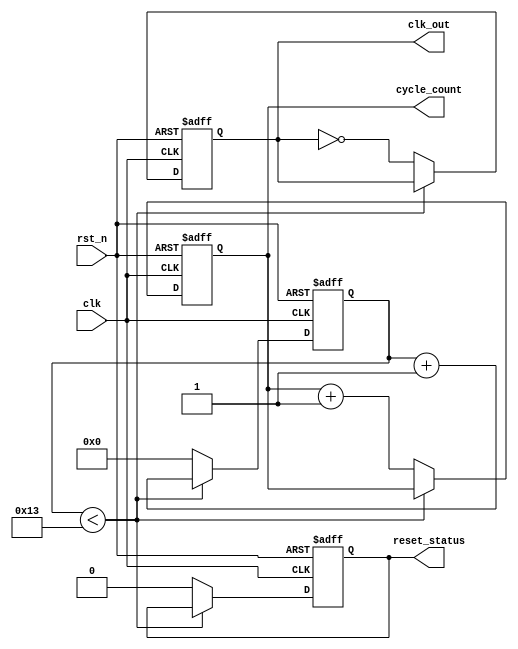
module ClockCycleInitialization #(
    parameter CLOCK_FREQ = 50_000_000, // Clock frequency in Hz
    parameter DUTY_CYCLE = 50,          // Duty cycle in percentage
    parameter INIT_VALUE = 8'h00,       // Initial value for registers
    parameter MAX_CYCLES = 100           // Number of cycles for event triggering
)(
    input wire clk,                     // External clock input
    input wire rst_n,                   // Active low reset signal
    output reg clk_out,                 // Generated clock output
    output reg [31:0] cycle_count,      // Current clock cycle count
    output reg reset_status              // Reset status output
);

    // Internal parameters
    localparam CLOCK_PERIOD = 1_000_000_000 / CLOCK_FREQ; // Clock period in ns
    localparam HIGH_TIME = (CLOCK_PERIOD * DUTY_CYCLE) / 100; // High time in ns
    localparam LOW_TIME = CLOCK_PERIOD - HIGH_TIME; // Low time in ns

    // Clock generation
    reg [31:0] clk_divider; // Divider for generating clock signal
    reg clk_state;          // State of the clock signal

    // Initialization of registers
    initial begin
        clk_out = 0;
        cycle_count = 0;
        reset_status = 1; // Start in reset state
        // Initialize other registers or states as needed
    end

    // Clock generation process
    always @(posedge clk or negedge rst_n) begin
        if (!rst_n) begin
            clk_divider <= 0;
            clk_out <= 0;
            reset_status <= 1; // Set reset status
            cycle_count <= 0; // Reset cycle count
        end else begin
            // Clock divider logic
            if (clk_divider < (CLOCK_PERIOD - 1)) begin
                clk_divider <= clk_divider + 1;
            end else begin
                clk_divider <= 0;
                clk_out <= ~clk_out; // Toggle clock output
                reset_status <= 0; // Clear reset status
                cycle_count <= cycle_count + 1; // Increment cycle count
            end
        end
    end

    // Event triggering logic
    always @(posedge clk_out) begin
        if (cycle_count == MAX_CYCLES) begin
            // Trigger specific events here
            // For example, you can call a task or set a flag
        end
    end

endmodule